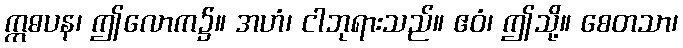
ဣဓပန၊ ဤလောက၌။ အဟံ၊ ငါဘုရားသည်။ ဧဝံ၊ ဤသို့။ စေတသာ၊